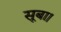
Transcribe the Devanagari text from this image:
सूबा।